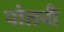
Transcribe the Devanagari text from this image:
पोतनी